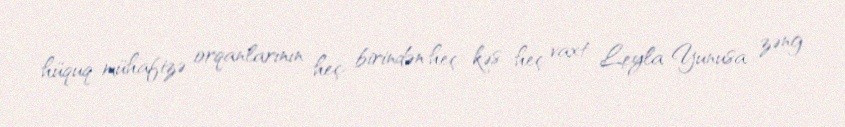
hüquq-mühafizə orqanlarının heç birindən heç kəs heç vaxt Leyla Yunusa zəng